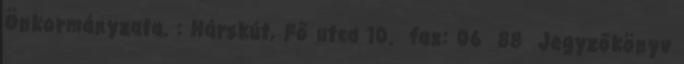
Önkormányzata. : Hárskút, Fő utca 10. fax: 06 88 Jegyzőkönyv